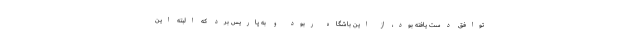
توافق دست یافته بود، از این باشگاه ربود و به پاریس برد که البته این